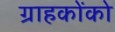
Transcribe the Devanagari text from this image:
ग्राहकोंको